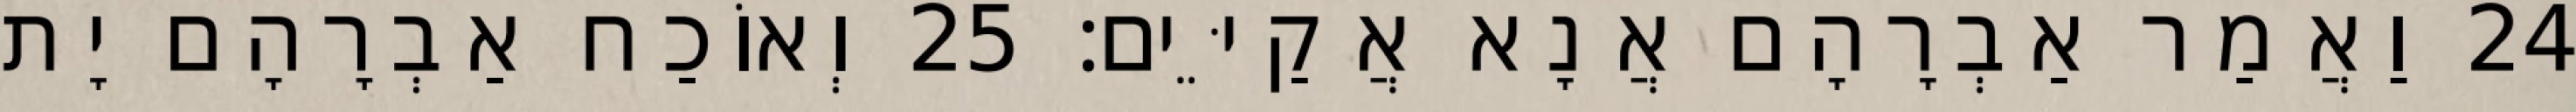
24 וַאֲמַר אַבְרָהָם אֲנָא אֲקַיֵּים׃ 25 וְאוֹכַח אַבְרָהָם יָת